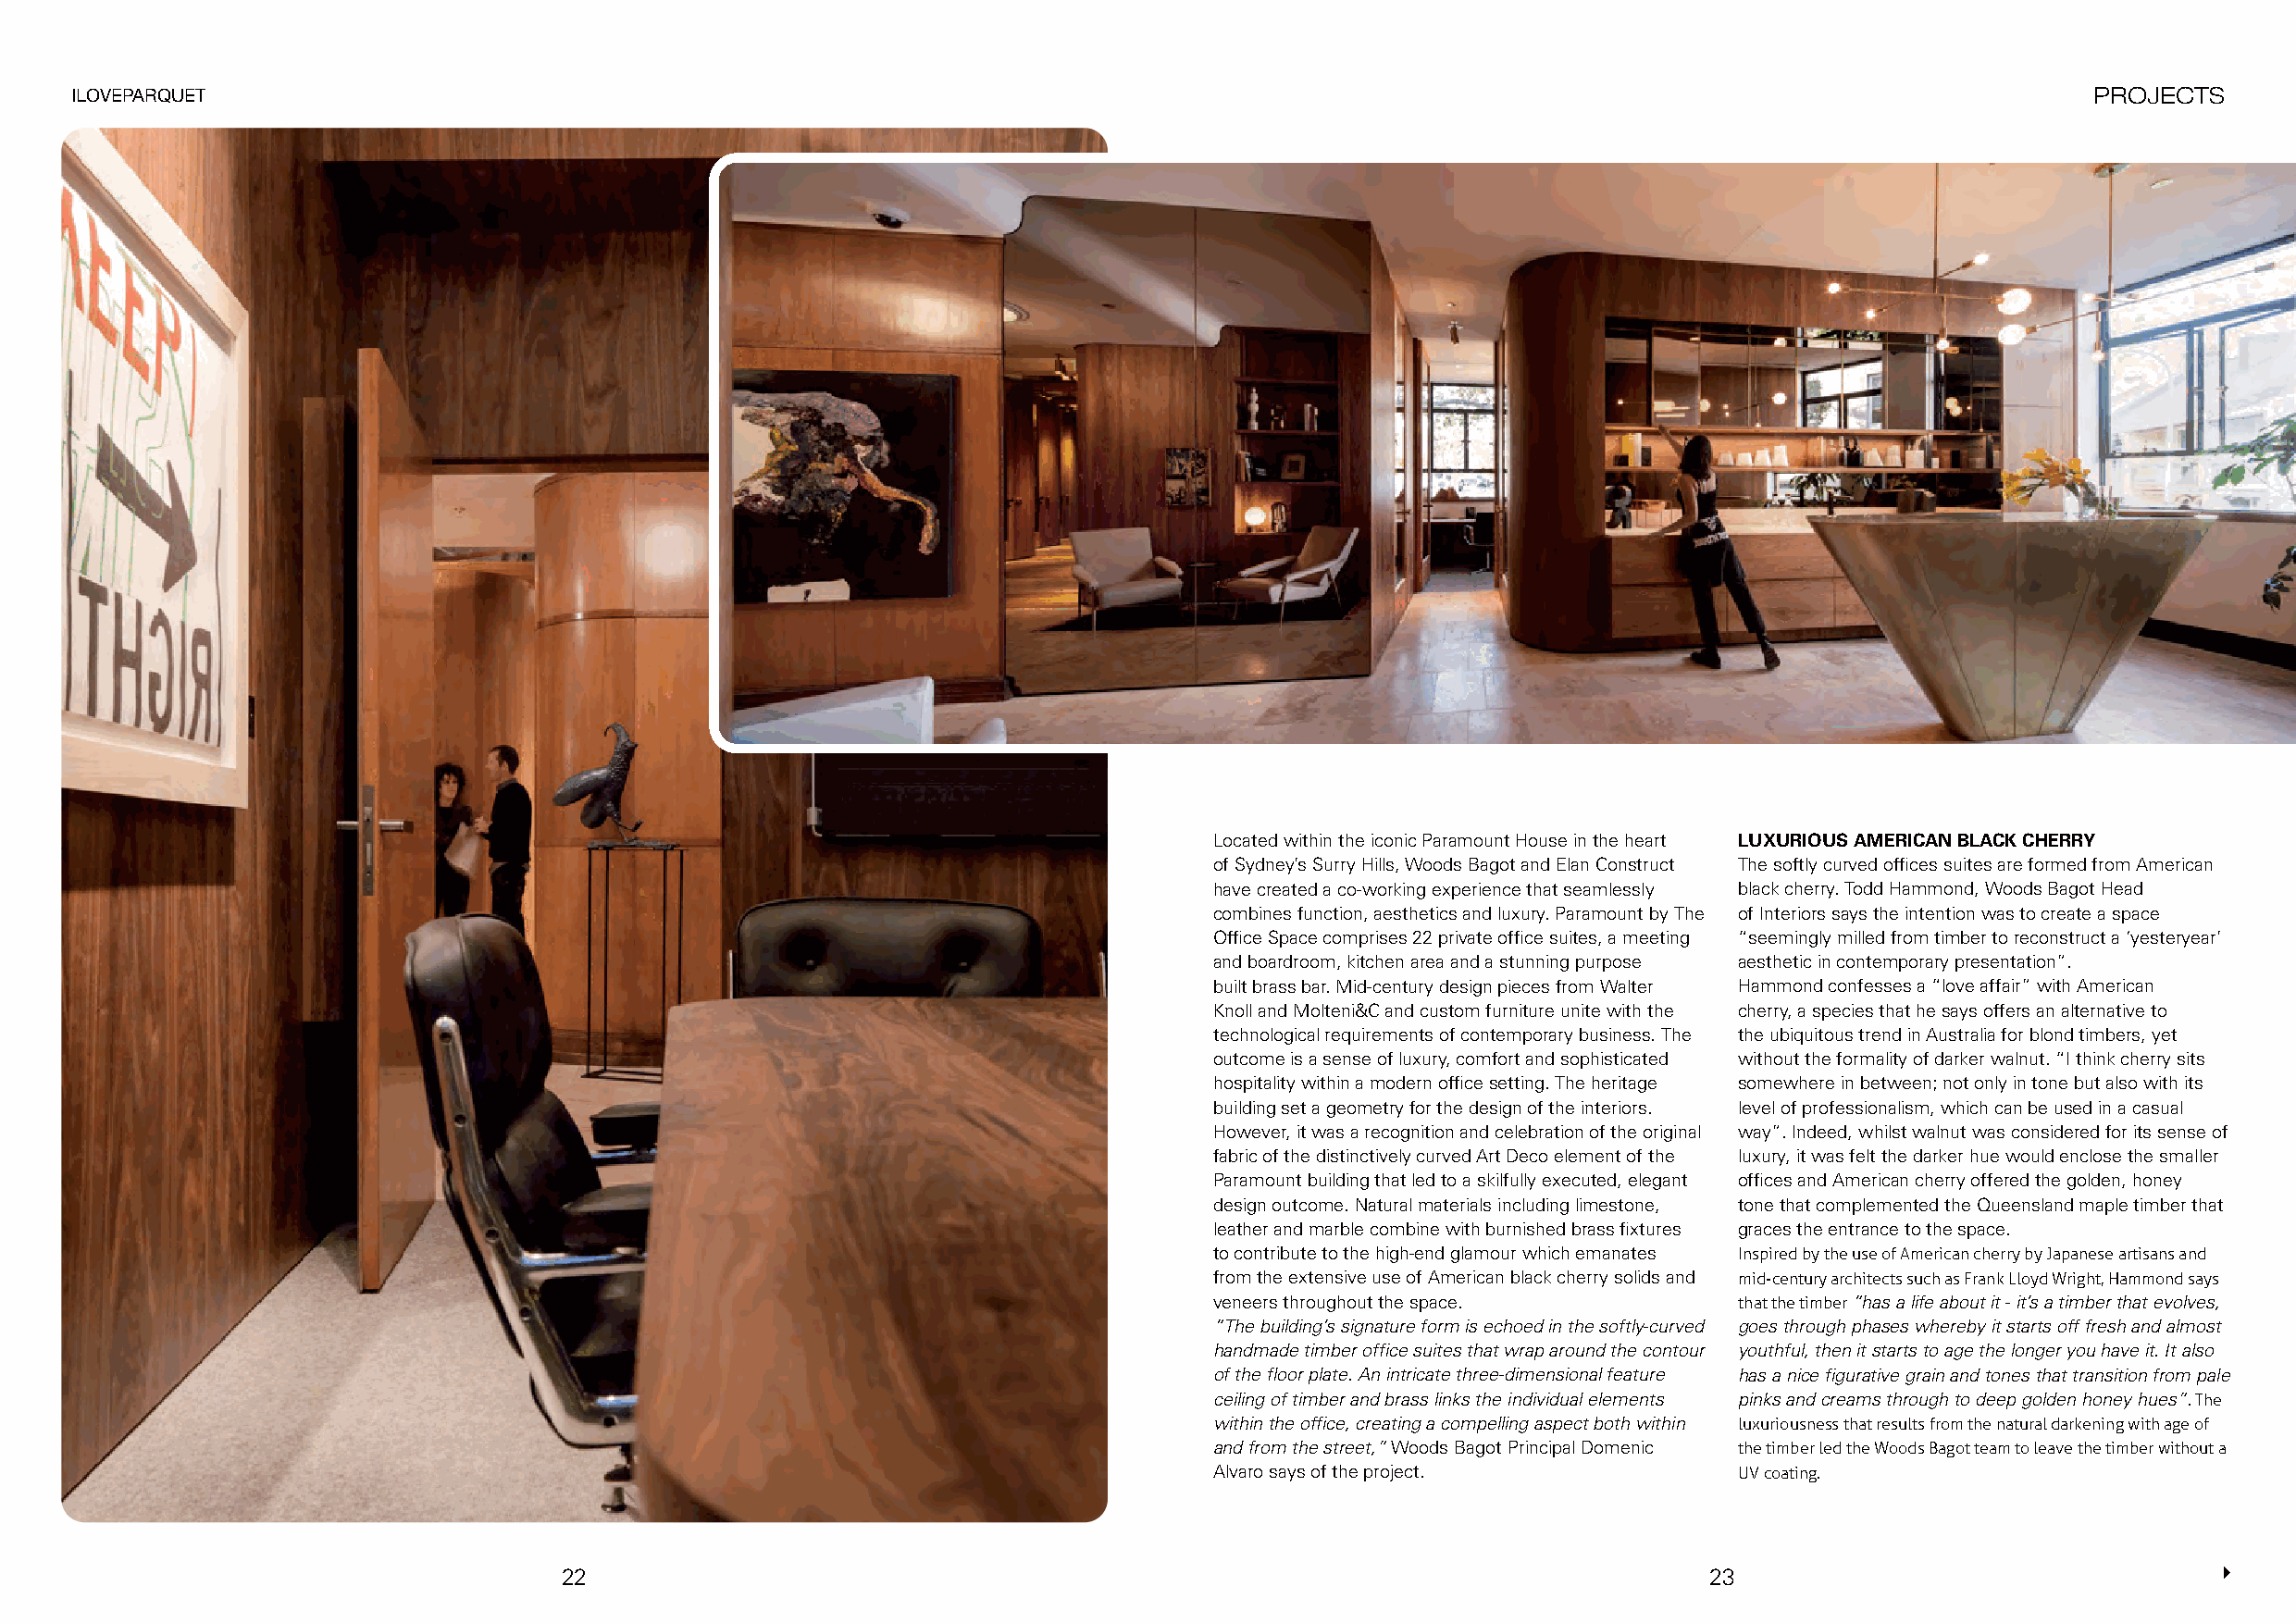
ILOVEPARQUET                                                                                                                                     PROJECTS
 Located within the iconic Paramount House in the heart LUXURIOUS AMERICAN BLACK CHERRY
 of Sydney’s Surry Hills, Woods Bagot and Elan Construct The softly curved offices suites are formed from American
 have created a co-working experience that seamlessly black cherry. Todd Hammond, Woods Bagot Head
 combines function, aesthetics and luxury. Paramount by The of Interiors says the intention was to create a space
 Office Space comprises 22 private office suites, a meeting “seemingly milled from timber to reconstruct a ‘yesteryear’
 and boardroom, kitchen area and a stunning purpose aesthetic in contemporary presentation”.
 built brass bar. Mid-century design pieces from Walter Hammond confesses a “love affair” with American
 Knoll and Molteni&C and custom furniture unite with the cherry, a species that he says offers an alternative to
 technological requirements of contemporary business. The the ubiquitous trend in Australia for blond timbers, yet
 outcome is a sense of luxury, comfort and sophisticated without the formality of darker walnut. “I think cherry sits
 hospitality within a modern office setting. The heritage somewhere in between; not only in tone but also with its
 building set a geometry for the design of the interiors. level of professionalism, which can be used in a casual
 However, it was a recognition and celebration of the original way”. Indeed, whilst walnut was considered for its sense of
 fabric of the distinctively curved Art Deco element of the luxury, it was felt the darker hue would enclose the smaller
 Paramount building that led to a skilfully executed, elegant offices and American cherry offered the golden, honey
 design outcome. Natural materials including limestone, tone that complemented the Queensland maple timber that
 leather and marble combine with burnished brass fixtures graces the entrance to the space.
 to contribute to the high-end glamour which emanates Inspired by the use of American cherry by Japanese artisans and
 from the extensive use of American black cherry solids and mid-century architects such as Frank Lloyd Wright, Hammond says
 veneers throughout the space.        that the timber “has a life about it - it’s a timber that evolves,
 “The building’s signature form is echoed in the softly-curved goes through phases whereby it starts off fresh and almost
 handmade timber office suites that wrap around the contour youthful, then it starts to age the longer you have it. It also
 of the floor plate. An intricate three-dimensional feature has a nice figurative grain and tones that transition from pale
 ceiling of timber and brass links the individual elements pinks and creams through to deep golden honey hues”. The
 within the office, creating a compelling aspect both within luxuriousness that results from the natural darkening with age of
 and from the street,” Woods Bagot Principal Domenic the timber led the Woods Bagot team to leave the timber without a
 Alvaro says of the project.          UV coating.
 22                                                                                23